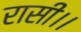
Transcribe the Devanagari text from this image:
रासी।।